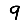
Digit: 9